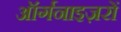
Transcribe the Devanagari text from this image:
ऑर्गनाइज़रों